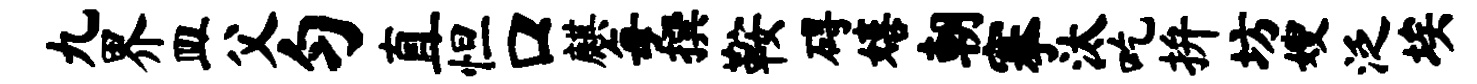
九界皿父匀直怛口麒每撰鞍碍嬉朝搴汰吃拚坊嫂泛埃